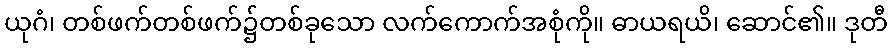
ယုဂံ၊ တစ်ဖက်တစ်ဖက်၌တစ်ခုသော လက်ကောက်အစုံကို။ ဓာယရယိ၊ ဆောင်၏။ ဒုတီ